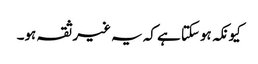
کیونکہ ہوسکتا ہے کہ یہ غیر ثقہ ہو۔